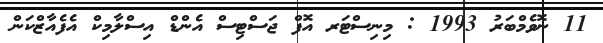
11 ނޮވެމްބަރު 1993 : މިނިސްޓަރ އޮފް ޖަސްޓިސް އެންޑް އިސްލާމިކް އެފެއާޒްކަން